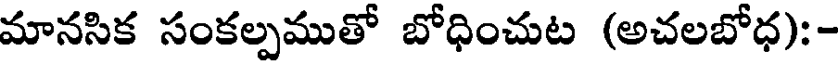
మానసిక సంకల్పముతో బోధించుట (అచలబోధ):-